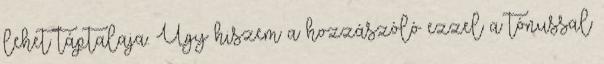
lehet táptalaja. Úgy hiszem a hozzászóló ezzel a tónussal